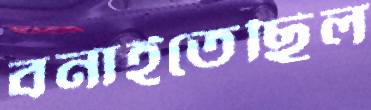
বনাইতেছিল